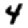
Digit: 4